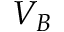
V _ { B }